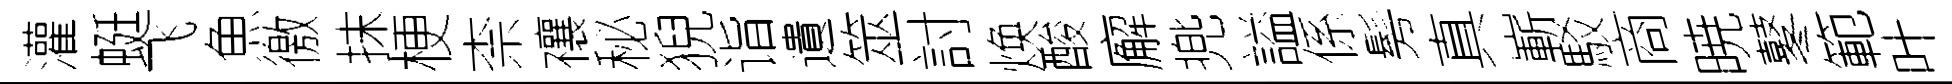
灌蜓飞魚徼抹梗柰禳秘猊诣遺筮討焕酸廨兠謚係髣真嶄駁商暁鼕範叶